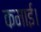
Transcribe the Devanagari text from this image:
कमाई।